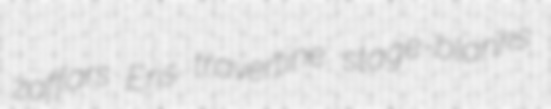
zaffars Eris travertine stage-blanks